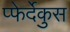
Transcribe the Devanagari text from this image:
प्फेर्देकुस